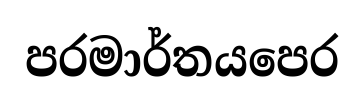
පරමාර්තයපෙර